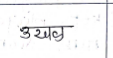
मजकूर: उखळ